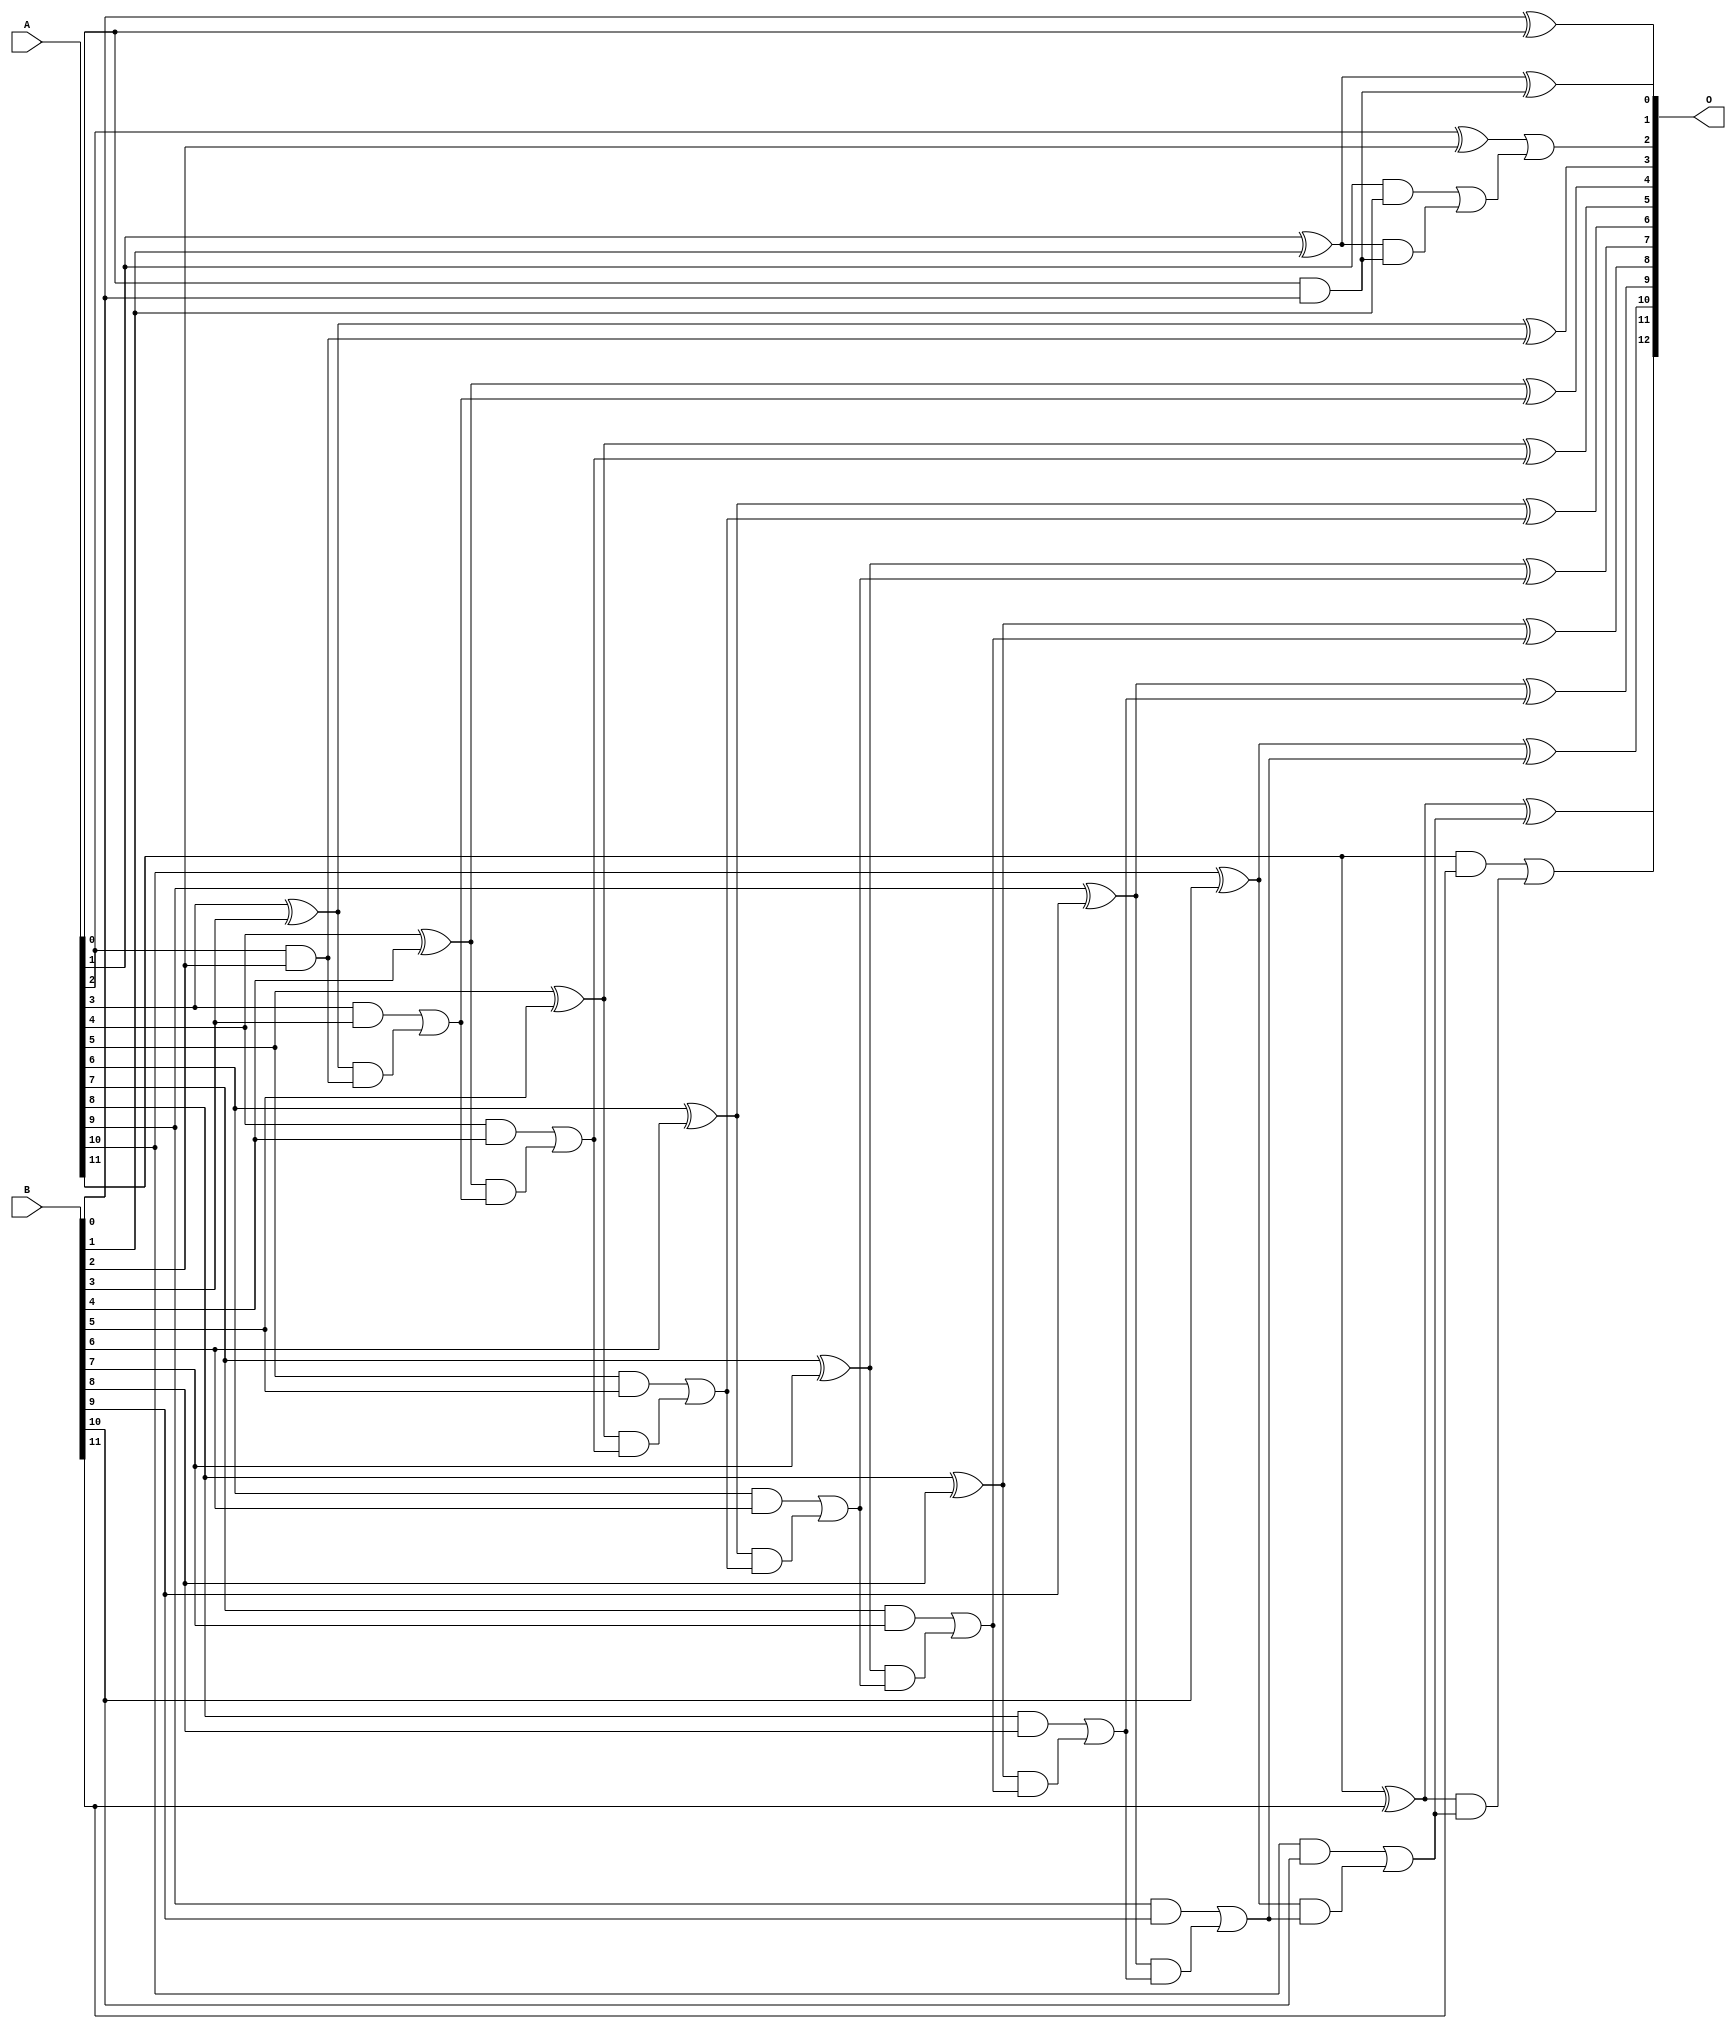
/***
* This code is a part of EvoApproxLib library (ehw.fit.vutbr.cz/approxlib) distributed under The MIT License.
* When used, please cite the following article(s):  
* This file contains a circuit from a sub-set of pareto optimal circuits with respect to the pwr and ep parameters
***/
// MAE% = 0.0098 %
// MAE = 0.8 
// WCE% = 0.049 %
// WCE = 4.0 
// WCRE% = 50.00 %
// EP% = 18.75 %
// MRE% = 0.025 %
// MSE = 3.0 
// PDK45_PWR = 0.049 mW
// PDK45_AREA = 108.9 um2
// PDK45_DELAY = 0.79 ns


module add12u_09M(A, B, O);
  input [11:0] A, B;
  output [12:0] O;
  wire sig_25, sig_26, sig_27, sig_28, sig_30, sig_31;
  wire sig_32, sig_35, sig_36, sig_37, sig_38, sig_40;
  wire sig_41, sig_42, sig_43, sig_45, sig_46, sig_47;
  wire sig_48, sig_50, sig_51, sig_52, sig_53, sig_55;
  wire sig_56, sig_57, sig_58, sig_60, sig_61, sig_62;
  wire sig_63, sig_65, sig_66, sig_67, sig_68, sig_70;
  wire sig_71, sig_72, sig_73, sig_75, sig_76, sig_77;
  wire sig_78;
  assign sig_25 = A[0] & B[0];
  assign sig_26 = A[1] ^ B[1];
  assign sig_27 = A[1] & B[1];
  assign sig_28 = sig_26 & sig_25;
  assign O[1] = sig_26 ^ sig_25;
  assign sig_30 = sig_27 | sig_28;
  assign sig_31 = A[2] ^ B[2];
  assign sig_32 = A[2] & B[2];
  assign O[0] = B[0] ^ A[0];
  assign O[2] = sig_31 | sig_30;
  assign sig_35 = sig_32;
  assign sig_36 = A[3] ^ B[3];
  assign sig_37 = A[3] & B[3];
  assign sig_38 = sig_36 & sig_35;
  assign O[3] = sig_36 ^ sig_35;
  assign sig_40 = sig_37 | sig_38;
  assign sig_41 = A[4] ^ B[4];
  assign sig_42 = A[4] & B[4];
  assign sig_43 = sig_41 & sig_40;
  assign O[4] = sig_41 ^ sig_40;
  assign sig_45 = sig_42 | sig_43;
  assign sig_46 = A[5] ^ B[5];
  assign sig_47 = A[5] & B[5];
  assign sig_48 = sig_46 & sig_45;
  assign O[5] = sig_46 ^ sig_45;
  assign sig_50 = sig_47 | sig_48;
  assign sig_51 = A[6] ^ B[6];
  assign sig_52 = A[6] & B[6];
  assign sig_53 = sig_51 & sig_50;
  assign O[6] = sig_51 ^ sig_50;
  assign sig_55 = sig_52 | sig_53;
  assign sig_56 = A[7] ^ B[7];
  assign sig_57 = A[7] & B[7];
  assign sig_58 = sig_56 & sig_55;
  assign O[7] = sig_56 ^ sig_55;
  assign sig_60 = sig_57 | sig_58;
  assign sig_61 = A[8] ^ B[8];
  assign sig_62 = A[8] & B[8];
  assign sig_63 = sig_61 & sig_60;
  assign O[8] = sig_61 ^ sig_60;
  assign sig_65 = sig_62 | sig_63;
  assign sig_66 = A[9] ^ B[9];
  assign sig_67 = A[9] & B[9];
  assign sig_68 = sig_66 & sig_65;
  assign O[9] = sig_66 ^ sig_65;
  assign sig_70 = sig_67 | sig_68;
  assign sig_71 = A[10] ^ B[10];
  assign sig_72 = A[10] & B[10];
  assign sig_73 = sig_71 & sig_70;
  assign O[10] = sig_71 ^ sig_70;
  assign sig_75 = sig_72 | sig_73;
  assign sig_76 = A[11] ^ B[11];
  assign sig_77 = A[11] & B[11];
  assign sig_78 = sig_76 & sig_75;
  assign O[11] = sig_76 ^ sig_75;
  assign O[12] = sig_77 | sig_78;
endmodule